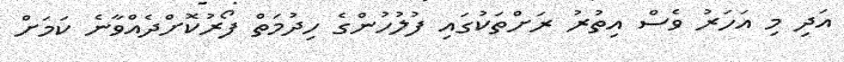
އަދި މި އަހަރު ވެސް އިތުރު ރަށްތަކުގައި ފުލުހުންގެ ހިދުމަތް ފޯރުކޮށްދެއްވާނެ ކަމަށް